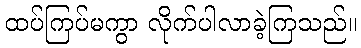
ထပ်ကြပ်မကွာ လိုက်ပါလာခဲ့ကြသည်။